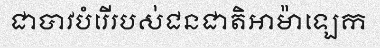
ជាបាវបំរើរបស់ជនជាតិអាម៉ាឡេក